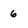
Character: 6